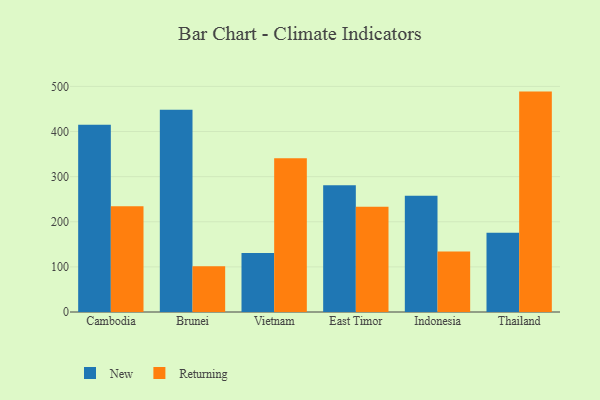
{"axis": {"x": "Country", "y": "Population (Million)"}, "legend": ["New", "Returning"], "data": [{"x": "Cambodia", "y": 414.9, "type": "New"}, {"x": "Cambodia", "y": 234.2, "type": "Returning"}, {"x": "Brunei", "y": 448.5, "type": "New"}, {"x": "Brunei", "y": 101.5, "type": "Returning"}, {"x": "Vietnam", "y": 130.6, "type": "New"}, {"x": "Vietnam", "y": 340.5, "type": "Returning"}, {"x": "East Timor", "y": 280.7, "type": "New"}, {"x": "East Timor", "y": 233.4, "type": "Returning"}, {"x": "Indonesia", "y": 257.4, "type": "New"}, {"x": "Indonesia", "y": 134.1, "type": "Returning"}, {"x": "Thailand", "y": 175.4, "type": "New"}, {"x": "Thailand", "y": 488.5, "type": "Returning"}]}